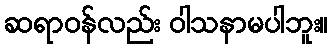
ဆရာဝန်လည်း ဝါသနာမပါဘူး။